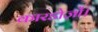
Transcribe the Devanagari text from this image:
कारडोज़ों।